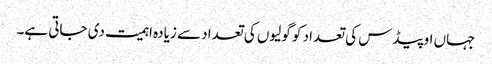
جہاں اوپیڈس کی تعداد کو گولیوں کی تعداد سے زیادہ اہمیت دی جاتی ہے۔